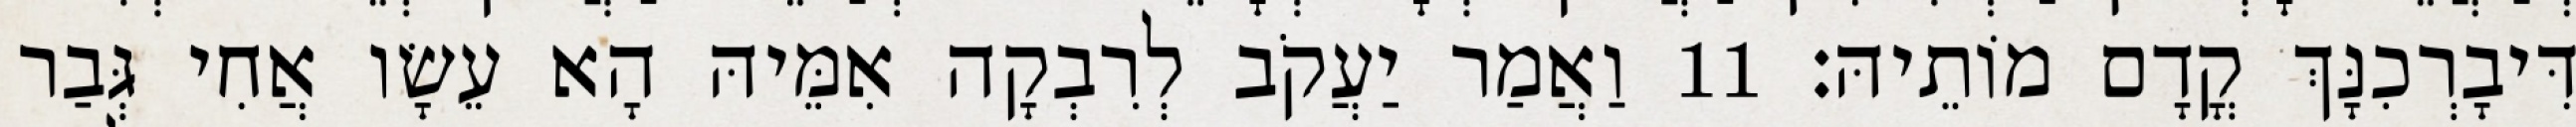
דִּיבָרְכִנָּךְ קֳדָם מוֹתֵיהּ׃ 11 וַאֲמַר יַעֲקֹב לְרִבְקָה אִמֵּיהּ הָא עֵשָׂו אֲחִי גְּבַר